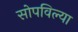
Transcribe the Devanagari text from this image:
सोपविल्या